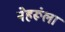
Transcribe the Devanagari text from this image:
नेहरूंला